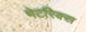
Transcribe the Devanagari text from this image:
मेटरिक्स